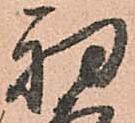
初